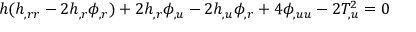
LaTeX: h ( h _ { , r r } - 2 h _ { , r } \phi _ { , r } ) + 2 h _ { , r } \phi _ { , u } - 2 h _ { , u } \phi _ { , r } + 4 \phi _ { , u u } - 2 T _ { , u } ^ { 2 } = 0